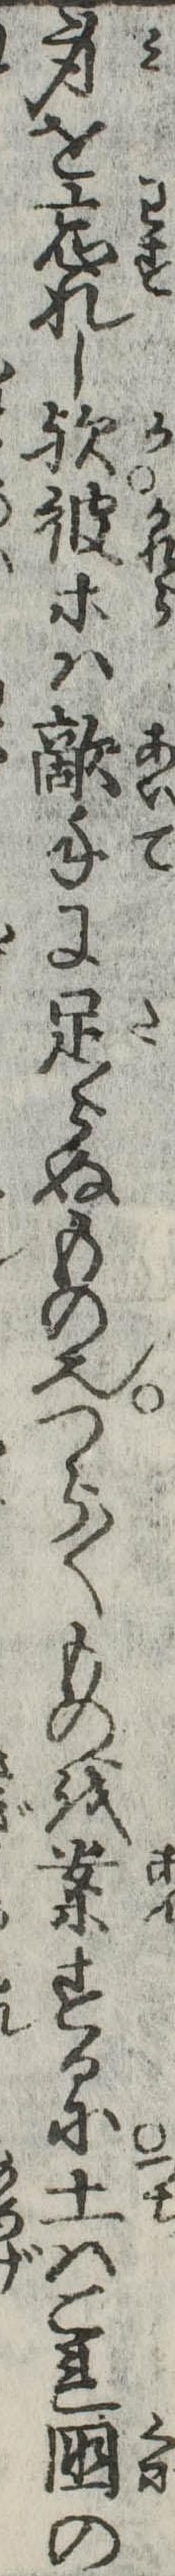
身を忘れし歟彼等は敵手に足らぬもの也つら〱ものを案するに土はこれ国の